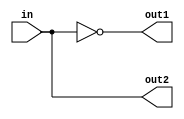
module decoder(out1, out2, in);
    output out1, out2;
    input in;
    
    not(out1, in);
    assign out2 = in;
    
endmodule